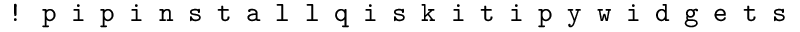
\texttt { ! p i p i n s t a l l q i s k i t i p y w i d g e t s }